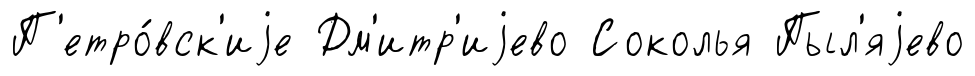
П'етро́вск'иjе Дм'итр'иjево Соколья Пыл'яjево